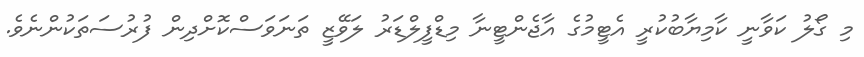
މި ގޯލު ކަވާނީ ކާމިޔާބުކުރީ އެޓީމުގެ އާޖެންޓީނާ މިޑްފީލްޑަރު ލަވޭޒީ ތަނަވަސްކޮށްދިން ފުރުސަތަކުންނެވެ.